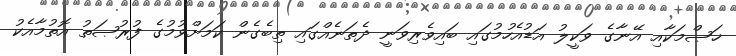
ޚަޞްމަކާއި އޭނާގެ ވަކީލު އަޑުއެހުމުގައި ބައިވެރިވަނީ ދެތަނެއްގައި ތިބެގެން ކަމަށްވުމުގެ ފުރުޞަތު އޮތުމާއެކު